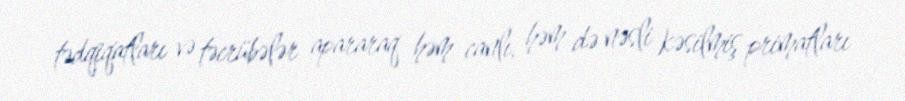
tədqiqatları və təcrübələr apararaq həm canlı, həm də nəsli kəsilmiş primatları